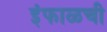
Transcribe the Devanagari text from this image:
इंफाळची